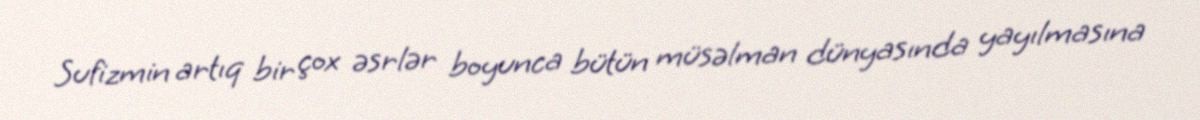
Sufizmin artıq bir çox əsrlər boyunca bütün müsəlman dünyasında yayılmasına